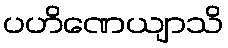
ပဟိဏေယျာသိ